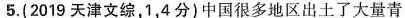
5.(2019天津文综，1，4分)中国很多地区出土了大量青